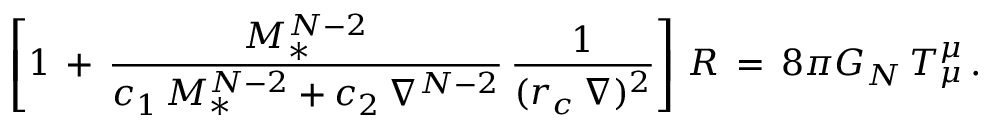
\left[ 1 \, + \, { \frac { M _ { * } ^ { N - 2 } } { c _ { 1 } \, M _ { * } ^ { N - 2 } + c _ { 2 } \, \nabla ^ { N - 2 } } } \, { \frac { 1 } { ( r _ { c } \, \nabla ) ^ { 2 } } } \right] \, R \, = \, 8 \pi G _ { N } \, T _ { \mu } ^ { \mu } \, .